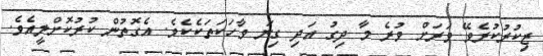
ޒިކުރުކުރެވޭ ވަރަށް ވުރެ މާ ދިގު އަދި ގިނަ ވާހަކަތަކެކެވެ. އެގޮތުން ކުރުކޮށްލީއެވެ.